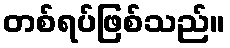
တစ်ရပ်ဖြစ်သည်။